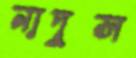
নাদুস